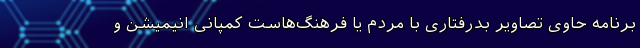
برنامه حاوی تصاویر بدرفتاری با مردم یا فرهنگ‌هاست کمپانی انیمیشن و